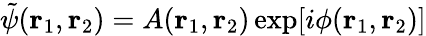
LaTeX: \tilde{\psi}(\mathbf{r}_{1},\mathbf{r}_{2})=A(\mathbf{r}_{1},\mathbf{r}_{2})\exp[i\phi(\mathbf{r}_{1},\mathbf{r}_{2})]